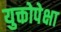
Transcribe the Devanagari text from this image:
युक्तोपेक्षा